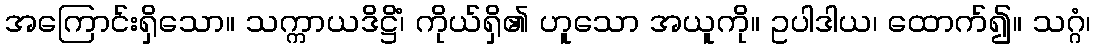
အကြောင်းရှိသော။ သက္ကာယဒိဋ္ဌိံ၊ ကိုယ်ရှိ၏ ဟူသော အယူကို။ ဥပါဒါယ၊ ထောက်၍။ သဂ္ဂံ၊